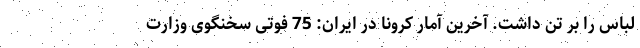
لباس را بر تن داشت. آخرین آمار کرونا در ایران: 75 فوتی سخنگوی وزارت